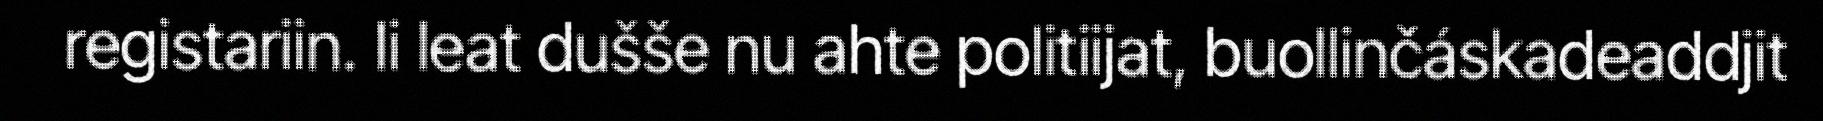
registariin. Ii leat dušše nu ahte politiijat, buollinčáskadeaddjit